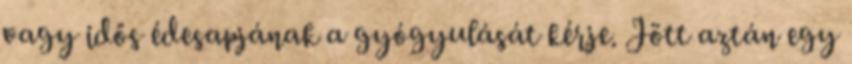
vagy idős édesapjának a gyógyulását kérje. Jött aztán egy